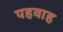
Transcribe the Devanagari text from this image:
पहवाह